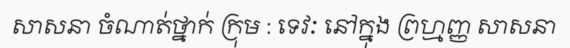
សាសនា ចំណាត់ថ្នាក់ ក្រុម : ទេវៈ នៅក្នុង ព្រហ្មញ្ញ សាសនា